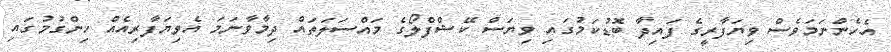
އެހެންނަމަވެސް ވިޔަފާރީގެ ފައިދާ ބޮޑުކަމުގައި ވިޔަސް ކޭޝްފްލޯގެ މައްސަލަތައް ދިމާވާނަމަ އެވިޔަފާރިއެއް ހިންގުމުގައި